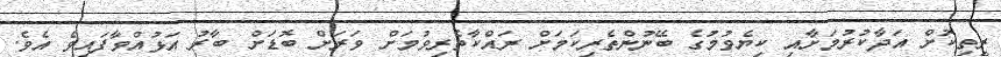
ރީތިކޮށް އަދާކުރުމަށާއި ކިޔެވުމުގެ ބޭނުންތެރިކަމަށް ރައްކާތެރިވުމަށް ވަރަށް ބޮޑަށް ބާރު އަޅުއްވާފައިވެ އެވެ.